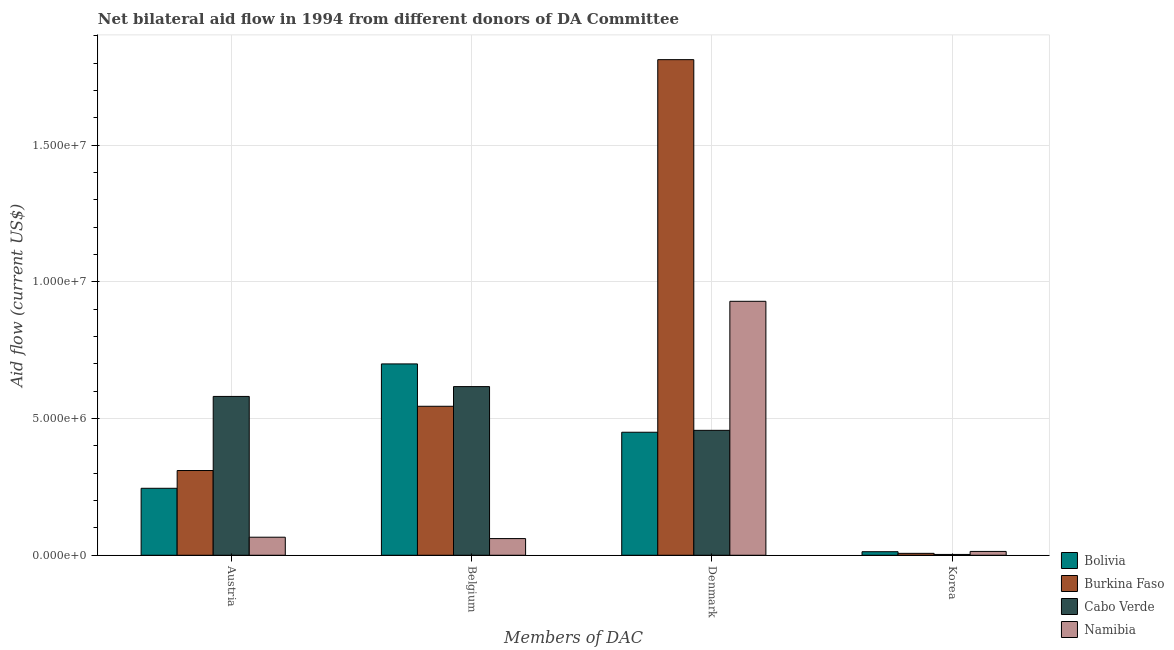
| Members of DAC | Bolivia | Burkina Faso | Cabo Verde | Namibia |
 | --- | --- | --- | --- | --- |
 | Austria | 2.45e+06 | 3.1e+06 | 5.81e+06 | 6.6e+05 |
 | Belgium | 7e+06 | 5.45e+06 | 6.17e+06 | 6.1e+05 |
 | Denmark | 4.5e+06 | 1.81e+07 | 4.57e+06 | 9.29e+06 |
 | Korea | 1.3e+05 | 7e+04 | 3e+04 | 1.4e+05 |